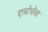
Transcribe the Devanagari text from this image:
एप्रोचेस